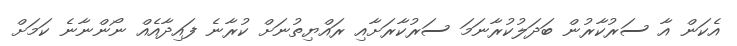
އެކަން އާ ސަރުކާރުން ބަދަލުކުރާނަމަ ސަރުކާރަށާއި ރައްޔިތުނަށް ކުރާނެ ފައިދާއެއް ނޯންނާނެ ކަމަށް